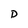
Character: D